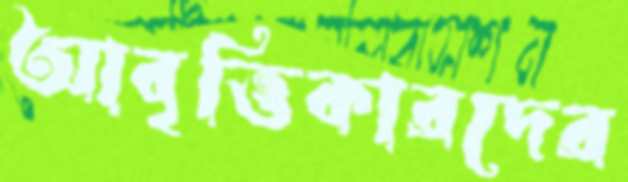
আবৃত্তিকারদের